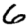
Digit: 6